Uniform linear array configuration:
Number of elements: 4
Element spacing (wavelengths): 0.5
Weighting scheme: hann
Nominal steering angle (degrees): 60
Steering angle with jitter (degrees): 61.003
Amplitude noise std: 0.05
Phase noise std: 0.05

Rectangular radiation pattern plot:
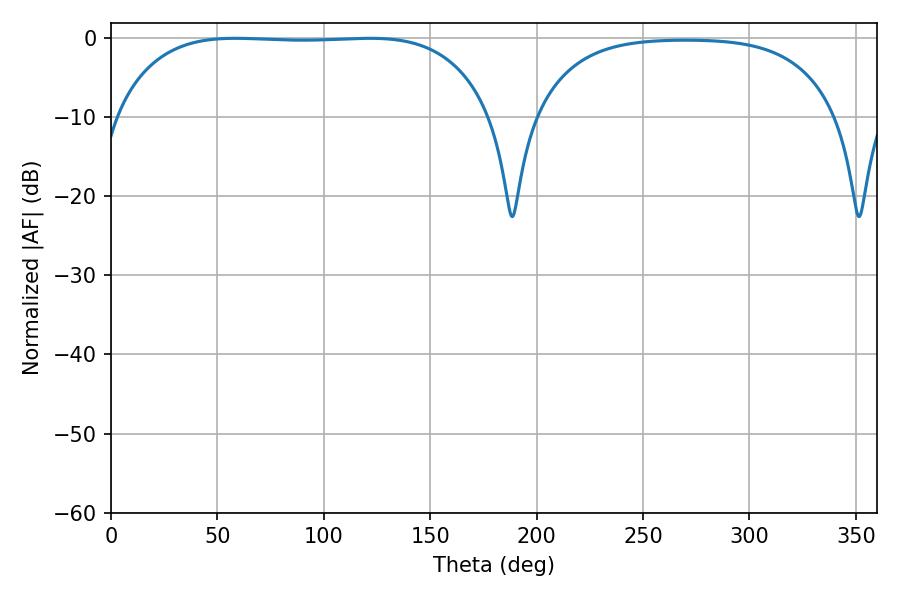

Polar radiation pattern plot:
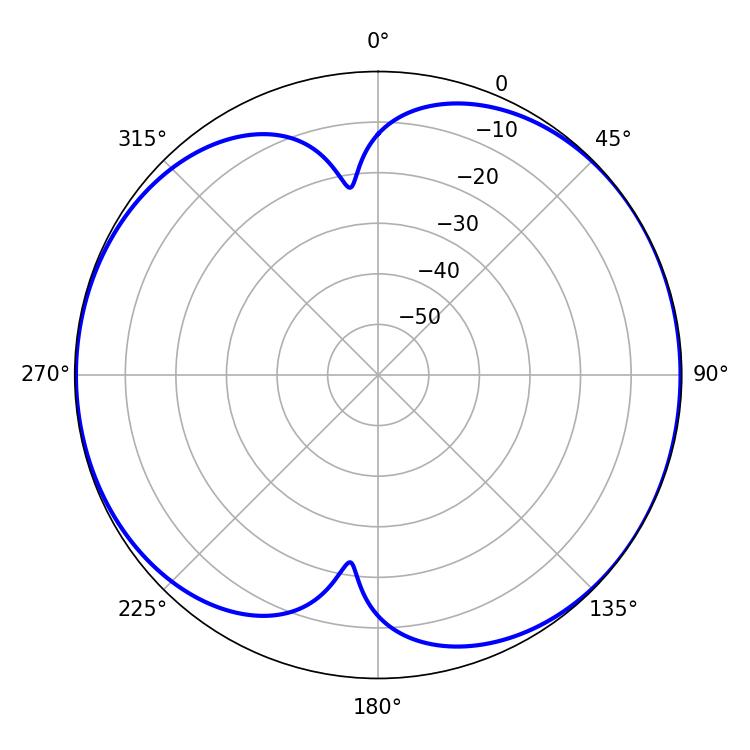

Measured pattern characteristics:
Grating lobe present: FALSE
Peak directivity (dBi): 7.001
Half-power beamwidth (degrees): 138.96
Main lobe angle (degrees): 58.5